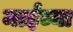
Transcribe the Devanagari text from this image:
माईंच्या